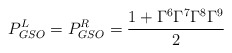
\begin{align*}P^L_{GSO} = P^R_{GSO} = \frac{1 + \Gamma^6 \Gamma^7 \Gamma^8\Gamma^9}{2}\end{align*}